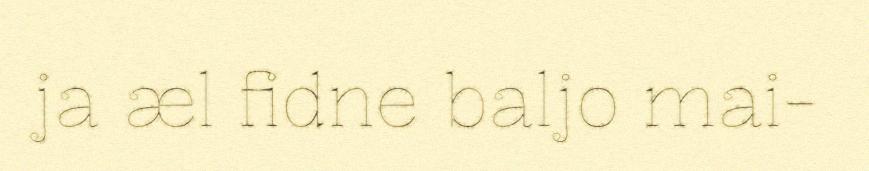
ja æl fidne baljo mai-